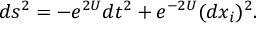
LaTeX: d s ^ { 2 } = - e ^ { 2 U } d t ^ { 2 } + e ^ { - 2 U } ( d x _ { i } ) ^ { 2 } .